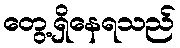
တွေ့ရှိနေရသည်